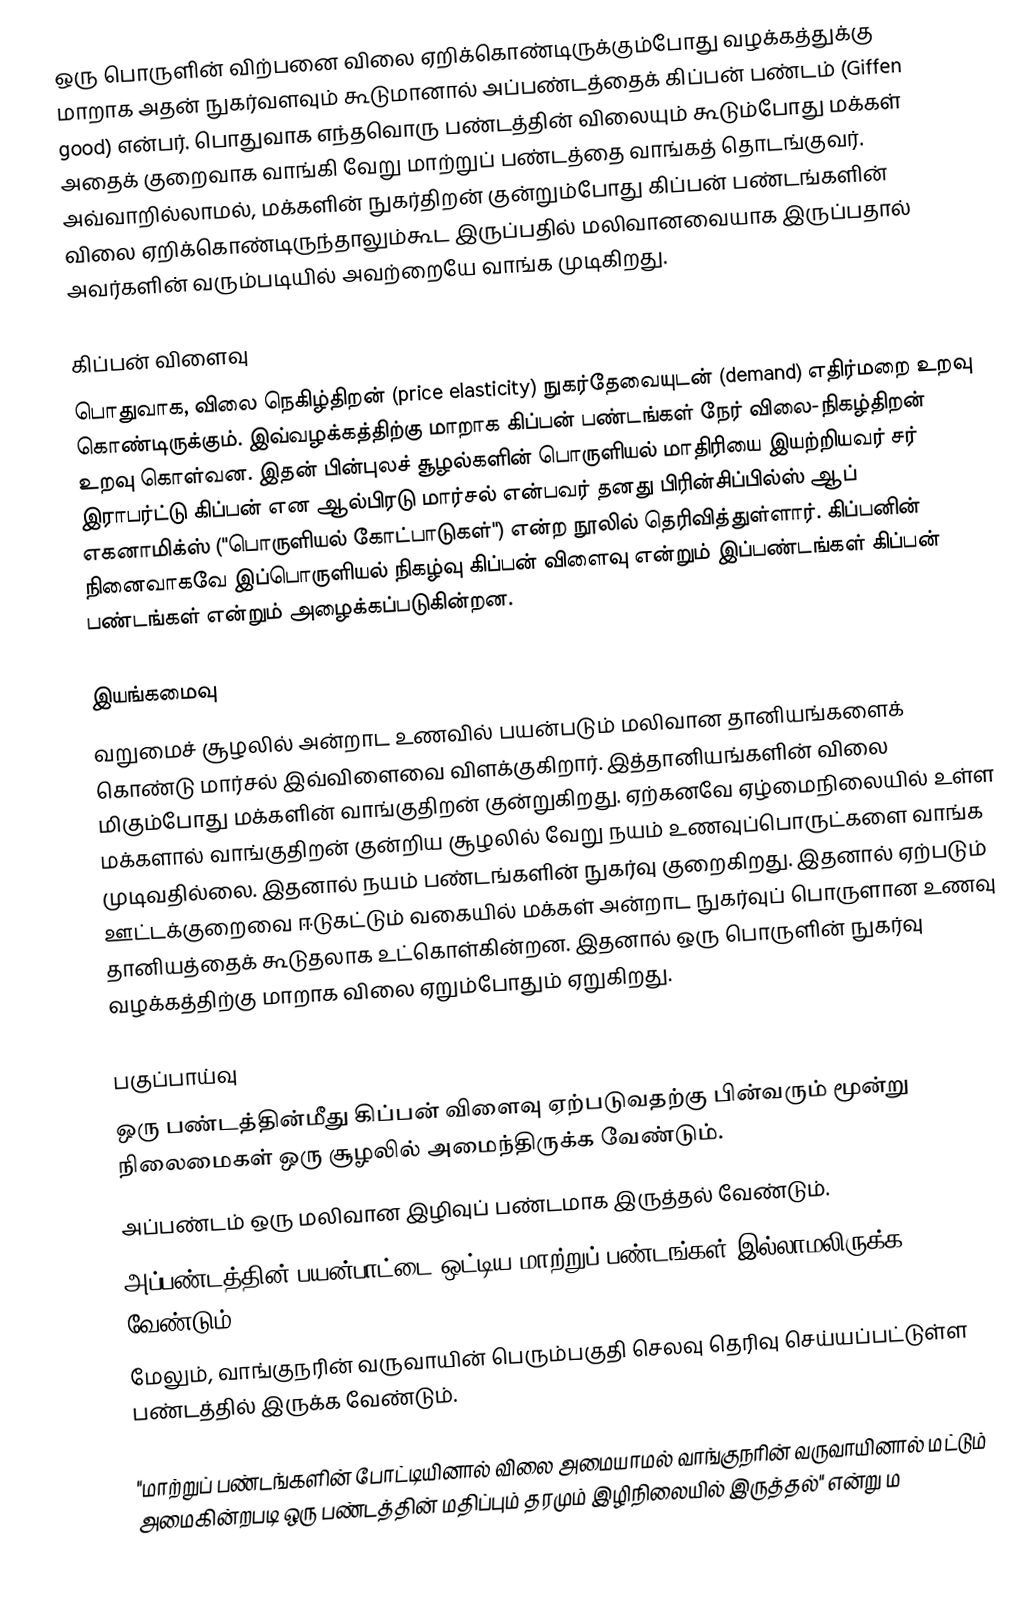
ஒரு பொருளின் விற்பனை விலை ஏறிக்கொண்டிருக்கும்போது வழக்கத்துக்கு மாறாக அதன் நுகர்வளவும் கூடுமானால் அப்பண்டத்தைக் கிப்பன் பண்டம் (Giffen good) என்பர். பொதுவாக எந்தவொரு பண்டத்தின் விலையும் கூடும்போது மக்கள் அதைக் குறைவாக வாங்கி வேறு மாற்றுப் பண்டத்தை வாங்கத் தொடங்குவர். அவ்வாறில்லாமல், மக்களின் நுகர்திறன் குன்றும்போது கிப்பன் பண்டங்களின் விலை ஏறிக்கொண்டிருந்தாலும்கூட இருப்பதில் மலிவானவையாக இருப்பதால் அவர்களின் வரும்படியில் அவற்றையே வாங்க முடிகிறது.

கிப்பன் விளைவு
பொதுவாக, விலை நெகிழ்திறன் (price elasticity) நுகர்தேவையுடன் (demand) எதிர்மறை உறவு கொண்டிருக்கும். இவ்வழக்கத்திற்கு மாறாக கிப்பன் பண்டங்கள் நேர் விலை-நிகழ்திறன் உறவு கொள்வன. இதன் பின்புலச் சூழல்களின் பொருளியல் மாதிரியை இயற்றியவர் சர் இராபர்ட்டு கிப்பன் என ஆல்பிரடு மார்சல் என்பவர் தனது பிரின்சிப்பில்ஸ் ஆப் எகனாமிக்ஸ் ("பொருளியல் கோட்பாடுகள்") என்ற நூலில் தெரிவித்துள்ளார். கிப்பனின் நினைவாகவே இப்பொருளியல் நிகழ்வு கிப்பன் விளைவு என்றும் இப்பண்டங்கள் கிப்பன் பண்டங்கள் என்றும் அழைக்கப்படுகின்றன.

இயங்கமைவு
வறுமைச் சூழலில் அன்றாட உணவில் பயன்படும் மலிவான தானியங்களைக் கொண்டு மார்சல் இவ்விளைவை விளக்குகிறார். இத்தானியங்களின் விலை மிகும்போது மக்களின் வாங்குதிறன் குன்றுகிறது. ஏற்கனவே ஏழ்மைநிலையில் உள்ள மக்களால் வாங்குதிறன் குன்றிய சூழலில் வேறு நயம் உணவுப்பொருட்களை வாங்க முடிவதில்லை. இதனால் நயம் பண்டங்களின் நுகர்வு குறைகிறது. இதனால் ஏற்படும் ஊட்டக்குறைவை ஈடுகட்டும் வகையில் மக்கள் அன்றாட நுகர்வுப் பொருளான உணவு தானியத்தைக் கூடுதலாக உட்கொள்கின்றன. இதனால் ஒரு பொருளின் நுகர்வு வழக்கத்திற்கு மாறாக விலை ஏறும்போதும் ஏறுகிறது.

பகுப்பாய்வு
ஒரு பண்டத்தின்மீது கிப்பன் விளைவு ஏற்படுவதற்கு பின்வரும் மூன்று நிலைமைகள் ஒரு சூழலில் அமைந்திருக்க வேண்டும்.
 அப்பண்டம் ஒரு மலிவான இழிவுப் பண்டமாக இருத்தல் வேண்டும்.
 அப்பண்டத்தின் பயன்பாட்டை ஒட்டிய மாற்றுப் பண்டங்கள் இல்லாமலிருக்க வேண்டும்.
 மேலும், வாங்குநரின் வருவாயின் பெரும்பகுதி செலவு தெரிவு செய்யப்பட்டுள்ள பண்டத்தில் இருக்க வேண்டும்.

"மாற்றுப் பண்டங்களின் போட்டியினால் விலை அமையாமல் வாங்குநரின் வருவாயினால் மட்டும் அமைகின்றபடி ஒரு பண்டத்தின் மதிப்பும் தரமும் இழிநிலையில் இருத்தல்" என்று ம